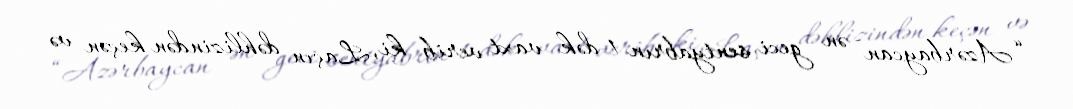
“Azərbaycan ən geci sentyabrın 1-dək vaxt verib ki, Laçın dəhlizindən keçən və